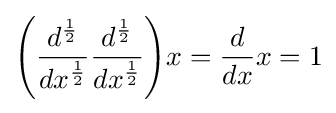
\left({\frac {d^{\frac {1}{2}}}{dx^{\frac {1}{2}}}}{\frac {d^{\frac {1}{2}}}{dx^{\frac {1}{2}}}}\right)\!x={\frac {d}{dx}}x=1